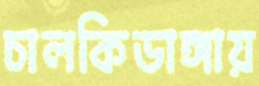
চালকিডাঙ্গায়